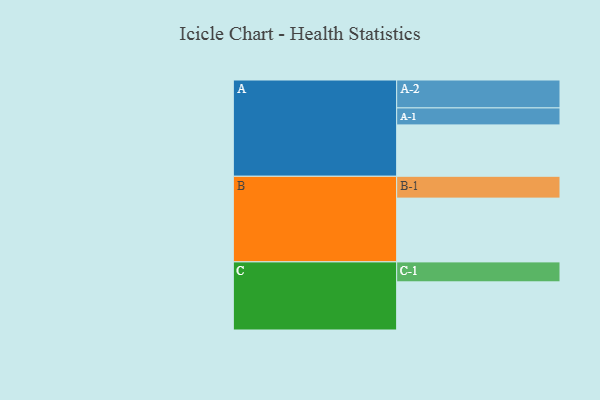
{"axis": {"x": "Segment", "y": "Value"}, "legend": ["", "A", "B", "C"], "data": [{"x": "A", "y": 381, "type": ""}, {"x": "B", "y": 473, "type": ""}, {"x": "C", "y": 357, "type": ""}, {"x": "A-1", "y": 126, "type": "A"}, {"x": "A-2", "y": 207, "type": "A"}, {"x": "B-1", "y": 162, "type": "B"}, {"x": "C-1", "y": 148, "type": "C"}]}